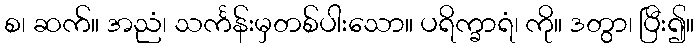
စ၊ ဆက်။ အညံ၊ သင်္ကန်းမှတစ်ပါးသော။ ပရိက္ခာရံ၊ ကို။ ဒတွာ၊ ပြီး၍။